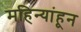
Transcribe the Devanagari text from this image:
महिन्यांहून